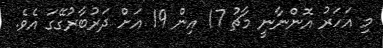
މި އަހަރު އޮންނާނީ މާޗު 17 އިން 19 އަށް ދަރުބާރުގޭގަ އެވެ.